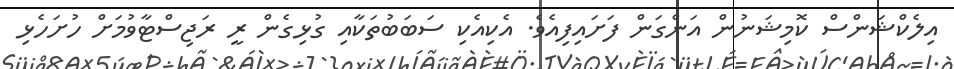
އިލެކްޝަންސް ކޮމިޝަނުން އަންގަން ފަށައިފިއެވެ. އެކިއެކި ސަބަބުތަކާއި ގުޅިގެން ރީ ރަޖިސްޓާވުމަށް ހުށަހެޅި